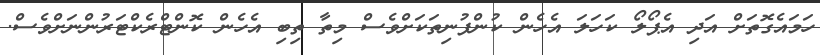
ހަމައެގޮތަށް އަދި އެޕޯލޯ ކަހަލަ އެހެން ކުންފުނިތަކަށްވެސް މިތާ ތިބި އެހެން ކޮންޓްރެކްޓަރުންނަށްވެސް.